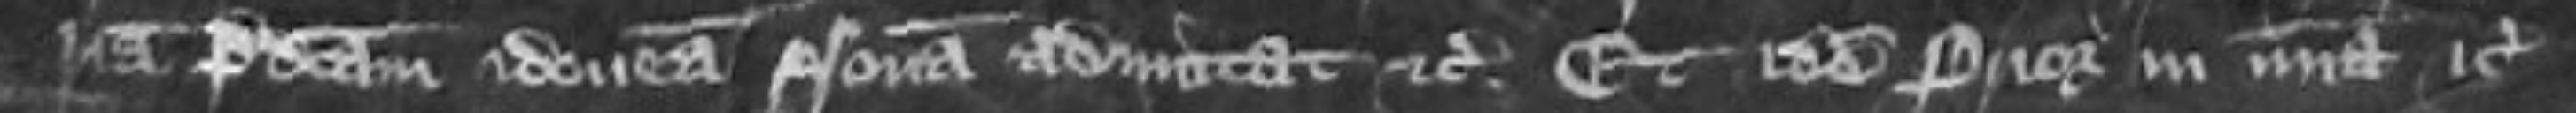
riam predictam idoneam personam admittat etc et idem Prior in misericordia etc